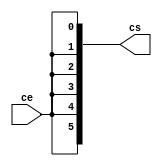
// -------------------------
// Exercicio0051  FULL ADDER (Somador e Subtrador)
// Nome: Pedro Henrique Alves M. de Carvalho
// -------------------------

// -------------------------
//  full extensor
// -------------------------
module extensor (output [5:0] cs,
					input ce);

 assign cs[0] = ce;
 assign cs[1] = ce;
 assign cs[2] = ce;
 assign cs[3] = ce;
 assign cs[4] = ce;
 assign cs[5] = ce;

 // carry = {6{carryIn}}; outra possibilidade abandonada por erros na saida

 endmodule // extensor



// -------------------------
//  full adder
// -------------------------
module fullAdder (output [5:0] s,
						output carryOut,
						input [5:0] a,
						input [5:0] b,
						input carryIn);

// almentar carry
 wire [5:0] carry;
 extensor modulo (carry, carryIn);


// B XOR carryIn
 wire [5:0] b1 = b ^ carry;

// descrever por portas
 assign s [0] = ((a[0] ^ b1[0]) ^ carryIn);
 wire c1 = ((a[0] & b1[0]) | ((a[0] ^ b1[0]) & carryIn));
 assign s [1] = ((a[1] ^ b1[1]) ^ c1);
 wire c2 = ((a[1] & b1[1]) | ((a[1] ^ b1[1]) & c1));
 assign s [2] = ((a[2] ^ b1[2]) ^ c2);
 wire c3 = ((a[2] & b1[2]) | ((a[2] ^ b1[2]) & c2));
 assign s [3] = ((a[3] ^ b1[3]) ^ c3);
 wire c4 = ((a[3] & b1[3]) | ((a[3] ^ b1[3]) & c3));
 assign s [4] = ((a[4] ^ b1[4]) ^ c4);
 wire c5 = ((a[4] & b1[4]) | ((a[4] ^ b1[4]) & c4));
 assign s [5] = ((a[5] ^ b1[5]) ^ c5);

 assign carryOut = (((a[5] & b1[5]) | ((a[5] ^ b1[5]) & c5)) ^ carryIn);

endmodule // fullAdder

module test_fullAdder;
// ------------------------- definir dados
		reg [5:0] x;
		reg [5:0] y;
		reg  carryI;
		wire carryO;
		wire [5:0] soma;

 fullAdder modulo (soma, carryO, x, y, carryI);

// ------------------------- parte principal
 initial begin
		$display("Exercicio 0051 - Pedro Henrique A. M. de Carvalho - 427452");
		$display("Test ALU Somador e Subtrador");
		
		x = 6'b000001;		y = 6'b010110;		carryI = 0;

 #1 $display("%b %b = (%b)%b", x, y, carryO, soma);
 #1 $display("%d + %d = (%b)%d", x, y, carryO, soma);
 
		
		x = 6'b000011;		y = 6'b000001;		carryI = 1;

 #1 $display("%b %b = (%b)%b", x, y, carryO, soma);
 #1 $display("%d - %d = (%b)%d", x, y, carryO, soma);


 end

endmodule // test_fullAdder